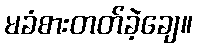
မခံစားတတ်ခဲ့ချေ။